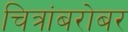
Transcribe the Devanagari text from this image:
चित्रांबरोबर